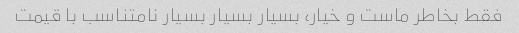
فقط بخاطر ماست و خیار، بسیار بسیار بسیار نامتناسب با قیمت